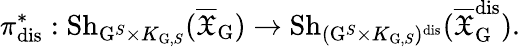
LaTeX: \pi_{\mathrm{dis}}^{*}:\mathrm{Sh}_{\mathrm{G}^{S}\times K_{\mathrm{G},S}}(\overline{{\mathfrak{X}}}_{\mathrm{G}})\to\mathrm{Sh}_{(\mathrm{G}^{S}\times K_{\mathrm{G},S})^{\mathrm{dis}}}(\overline{{\mathfrak{X}}}_{\mathrm{G}}^{\mathrm{dis}}).